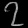
Digit: ၇